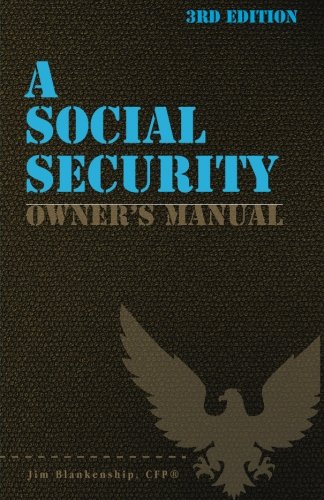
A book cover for A Social Security Owner's Manual, 3rd Edition: Your Guide to Social Security Retirement, Dependent's, and Survivor's Benefits; Jim Blankenship; Business & Money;